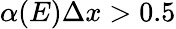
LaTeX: \alpha(E)\Delta x>0.5